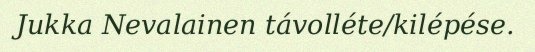
Jukka Nevalainen távolléte/kilépése.